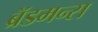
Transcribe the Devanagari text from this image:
ब्रॅडमन्स